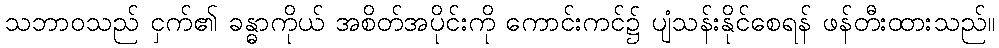
သဘာဝသည် ငှက်၏ ခန္ဓာကိုယ် အစိတ်အပိုင်းကို ကောင်းကင်၌ ပျံသန်းနိုင်စေရန် ဖန်တီးထားသည်။